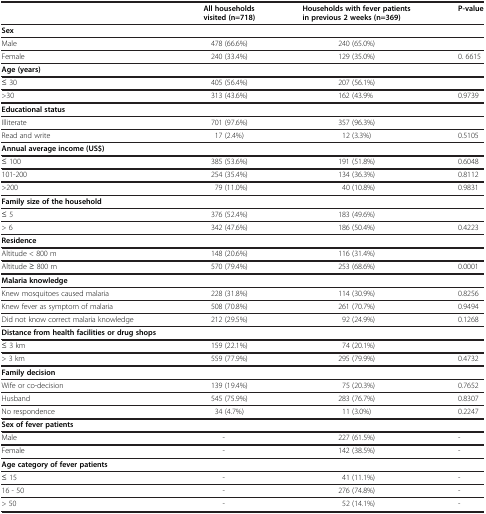
<table><thead><tr><td>[EMPTY_CELL]</td><td><b>All households visited (n=718)</b></td><td><b>Households with fever patients in previous 2 weeks (n=369)</b></td><td><b>P-value</b></td></tr></thead><tbody><tr><td><b>Sex</b></td><td>[EMPTY_CELL]</td><td>[EMPTY_CELL]</td><td>[EMPTY_CELL]</td></tr><tr><td>Male</td><td>478 (66.6%)</td><td>240 (65.0%)</td><td>[EMPTY_CELL]</td></tr><tr><td>Female</td><td>240 (33.4%)</td><td>129 (35.0%)</td><td>0. 6615</td></tr><tr><td><b>Age (years)</b></td><td>[EMPTY_CELL]</td><td>[EMPTY_CELL]</td><td>[EMPTY_CELL]</td></tr><tr><td>≤ 30</td><td>405 (56.4%)</td><td>207 (56.1%)</td><td>[EMPTY_CELL]</td></tr><tr><td>&gt;30</td><td>313 (43.6%)</td><td>162 (43.9%</td><td>0.9739</td></tr><tr><td><b>Educational status</b></td><td>[EMPTY_CELL]</td><td>[EMPTY_CELL]</td><td>[EMPTY_CELL]</td></tr><tr><td>Illiterate</td><td>701 (97.6%)</td><td>357 (96.3%)</td><td>[EMPTY_CELL]</td></tr><tr><td>Read and write</td><td>17 (2.4%)</td><td>12 (3.3%)</td><td>0.5105</td></tr><tr><td><b>Annual average income (US$)</b></td><td>[EMPTY_CELL]</td><td>[EMPTY_CELL]</td><td>[EMPTY_CELL]</td></tr><tr><td>≤ 100</td><td>385 (53.6%)</td><td>191 (51.8%)</td><td>0.6048</td></tr><tr><td>101-200</td><td>254 (35.4%)</td><td>134 (36.3%)</td><td>0.8112</td></tr><tr><td>&gt;200</td><td>79 (11.0%)</td><td>40 (10.8%)</td><td>0.9831</td></tr><tr><td><b>Family size of the household</b></td><td>[EMPTY_CELL]</td><td>[EMPTY_CELL]</td><td>[EMPTY_CELL]</td></tr><tr><td>≤ 5</td><td>376 (52.4%)</td><td>183 (49.6%)</td><td>[EMPTY_CELL]</td></tr><tr><td>&gt; 6</td><td>342 (47.6%)</td><td>186 (50.4%)</td><td>0.4223</td></tr><tr><td><b>Residence</b></td><td>[EMPTY_CELL]</td><td>[EMPTY_CELL]</td><td>[EMPTY_CELL]</td></tr><tr><td>Altitude &lt; 800 m</td><td>148 (20.6%)</td><td>116 (31.4%)</td><td>[EMPTY_CELL]</td></tr><tr><td>Altitude ≥ 800 m</td><td>570 (79.4%)</td><td>253 (68.6%)</td><td>0.0001</td></tr><tr><td><b>Malaria knowledge</b></td><td>[EMPTY_CELL]</td><td>[EMPTY_CELL]</td><td>[EMPTY_CELL]</td></tr><tr><td>Knew mosquitoes caused malaria</td><td>228 (31.8%)</td><td>114 (30.9%)</td><td>0.8256</td></tr><tr><td>Knew fever as symptom of malaria</td><td>508 (70.8%)</td><td>261 (70.7%)</td><td>0.9494</td></tr><tr><td>Did not know correct malaria knowledge</td><td>212 (29.5%)</td><td>92 (24.9%)</td><td>0.1268</td></tr><tr><td><b>Distance from health facilities or drug shops</b></td><td>[EMPTY_CELL]</td><td>[EMPTY_CELL]</td><td>[EMPTY_CELL]</td></tr><tr><td>≤ 3 km</td><td>159 (22.1%)</td><td>74 (20.1%)</td><td>[EMPTY_CELL]</td></tr><tr><td>&gt; 3 km</td><td>559 (77.9%)</td><td>295 (79.9%)</td><td>0.4732</td></tr><tr><td><b>Family decision</b></td><td>[EMPTY_CELL]</td><td>[EMPTY_CELL]</td><td>[EMPTY_CELL]</td></tr><tr><td>Wife or co-decision</td><td>139 (19.4%)</td><td>75 (20.3%)</td><td>0.7652</td></tr><tr><td>Husband</td><td>545 (75.9%)</td><td>283 (76.7%)</td><td>0.8307</td></tr><tr><td>No respondence</td><td>34 (4.7%)</td><td>11 (3.0%)</td><td>0.2247</td></tr><tr><td><b>Sex of fever patients</b></td><td>[EMPTY_CELL]</td><td>[EMPTY_CELL]</td><td>[EMPTY_CELL]</td></tr><tr><td>Male</td><td>-</td><td>227 (61.5%)</td><td>-</td></tr><tr><td>Female</td><td>-</td><td>142 (38.5%)</td><td>-</td></tr><tr><td><b>Age category of fever patients</b></td><td>[EMPTY_CELL]</td><td>[EMPTY_CELL]</td><td>[EMPTY_CELL]</td></tr><tr><td>≤ 15</td><td>-</td><td>41 (11.1%)</td><td>-</td></tr><tr><td>16 - 50</td><td>-</td><td>276 (74.8%)</td><td>-</td></tr><tr><td>&gt; 50</td><td>-</td><td>52 (14.1%)</td><td>-</td></tr></tbody></table>